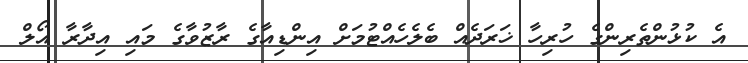
އެ ކުޅުންތެރިންގެ ހުރިހާ ޚަރަދެއް ބެލެހެއްޓުމަށް އިންޑިއާގެ ރާޒުވާގެ މައި އިދާރާ އޯލް